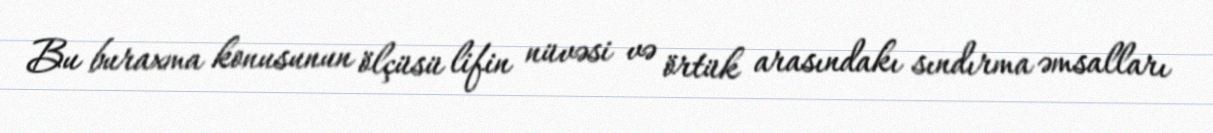
Bu buraxma konusunun ölçüsü lifin nüvəsi və örtük arasındakı sındırma əmsalları